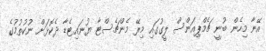
އޭނާ މިހެން ބުނީ ޗެމްޕިއަންސް ލީގުގައި މިރޭ މެންޗެސްޓާ ޔުނައިޓެޑާ ދެކޮޅަށް ނުކުތުމުގެ